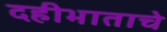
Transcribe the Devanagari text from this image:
दहीभाताचे